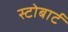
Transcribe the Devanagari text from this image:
स्टोबार्ट